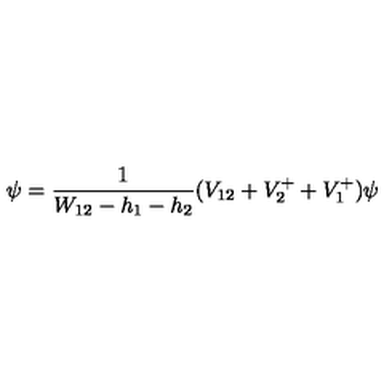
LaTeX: \, \psi = { \frac { 1 } { W _ { 1 2 } - h _ { 1 } - h _ { 2 } } } ( V _ { 1 2 } + V _ { 2 } ^ { + } + V _ { 1 } ^ { + } ) \psi